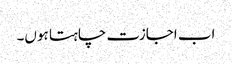
اب اجازت چاہتا ہوں۔